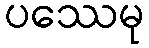
ပဿေမု